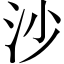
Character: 沙